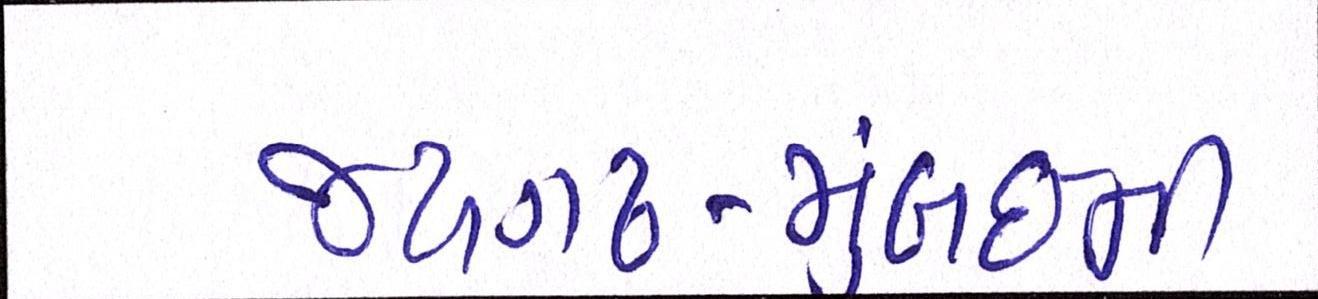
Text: જયગઢ-મુંબઈની